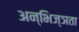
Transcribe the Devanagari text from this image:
अन्भिज्ञता